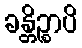
ခန္တိဉ္စာပိ